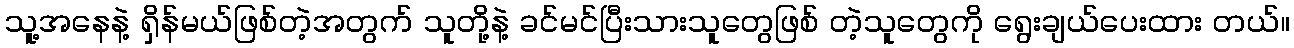
သူ့အနေနဲ့ ရှိန်မယ်ဖြစ်တဲ့အတွက် သူတို့နဲ့ ခင်မင်ပြီးသားသူတွေဖြစ် တဲ့သူတွေကို ရွေးချယ်ပေးထား တယ်။